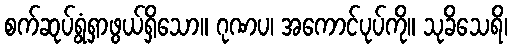
စက်ဆုပ်ရွံရှာဖွယ်ရှိသော။ ဂုဏပ၊ အကောင်ပုပ်ကို။ သုခိသေရိ၊